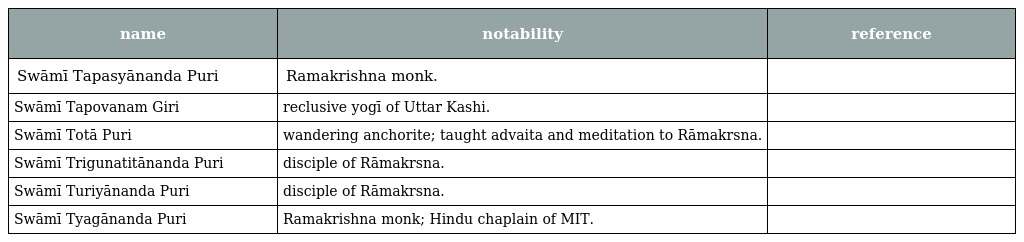
| name | notability | reference |
 | --- | --- | --- |
 | Swāmī Tapasyānanda Puri | Ramakrishna monk. |  |
 | Swāmī Tapovanam Giri | reclusive yogī of Uttar Kashi. |  |
 | Swāmī Totā Puri | wandering anchorite; taught advaita and meditation to Rāmakrsna. |  |
 | Swāmī Trigunatitānanda Puri | disciple of Rāmakrsna. |  |
 | Swāmī Turiyānanda Puri | disciple of Rāmakrsna. |  |
 | Swāmī Tyagānanda Puri | Ramakrishna monk; Hindu chaplain of MIT. |  |